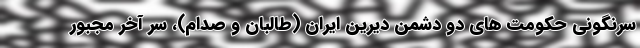
سرنگونی حکومت های دو دشمن دیرین ایران (طالبان و صدام)، سر آخر مجبور